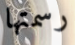
رسمتها